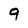
Character: 9